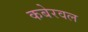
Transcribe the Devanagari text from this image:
कबेरवल